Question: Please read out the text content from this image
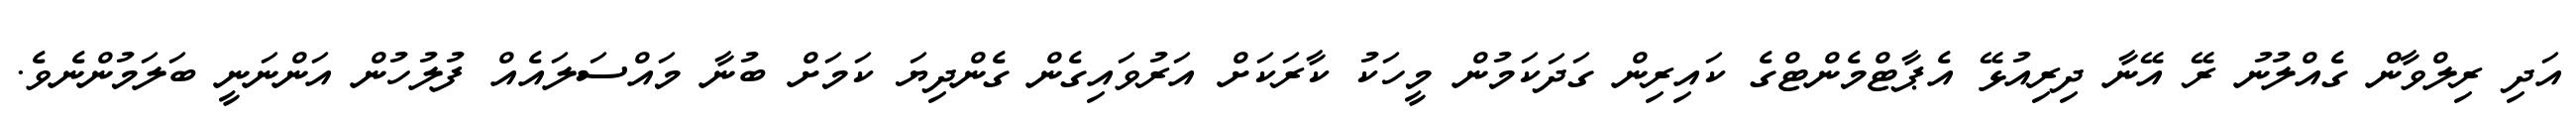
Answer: އަދި ރިލްވާން ގެއްލުނު ރޭ އޭނާ ދިރިއުޅޭ އެޕާޓްމެންޓްގެ ކައިރިން ގަދަކަމުން މީހަކު ކާރަކަށް އަރުވައިގެން ގެންދިޔަ ކަމަށް ބުނާ މައްސަލައެއް ފުލުހުން އަންނަނީ ބަލަމުންނެވެ.